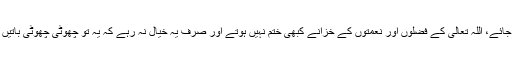
بندہ ناشکرا ہو جائے تو ہو جائے، اللہ تعالیٰ کے فضلوں اور نعمتوں کے خزانے کبھی ختم نہیں ہوتے اور صرف یہ خیال نہ رہے کہ یہ تو چھوٹی چھوٹی باتیں ہیں ان کا کیا شکر ادا کرنا۔